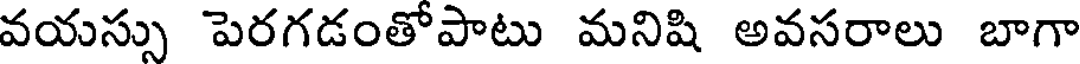
వయస్సు పెరగడంతోపాటు మనిషి అవసరాలు బాగా